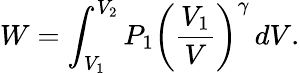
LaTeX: W=\int_{V_{1}}^{V_{2}}P_{1}\left({\frac{V_{1}}{V}}\right)^{\gamma}\, dV.